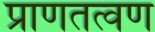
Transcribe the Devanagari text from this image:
प्राणतत्वण